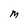
Character: M